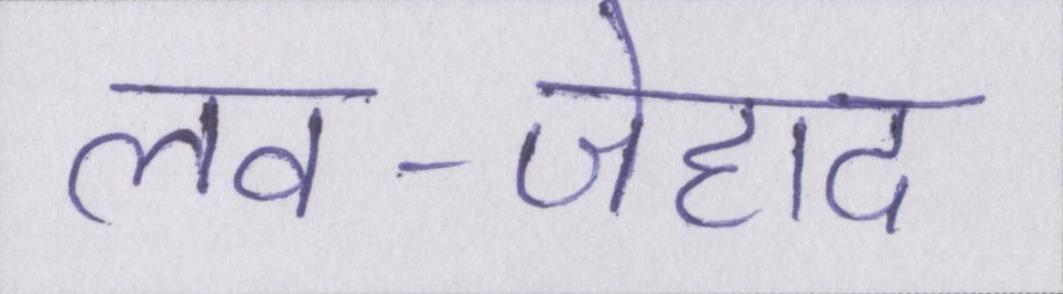
लव-जेहाद